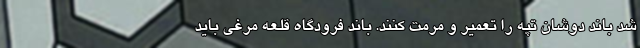
شد باند دوشان تپه را تعمیر و مرمت کنند. باند فرودگاه قلعه مرغی باید